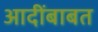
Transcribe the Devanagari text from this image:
आदींबाबत